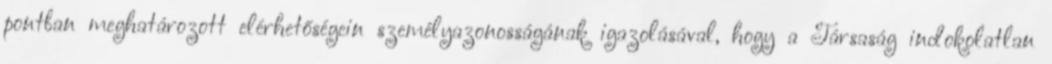
pontban meghatározott elérhetőségein személyazonosságának igazolásával, hogy a Társaság indokolatlan